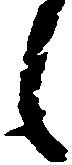
候